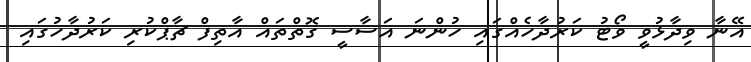
އޭނާ ވިދާޅުވީ ވޯޓު ކަރުދާހެއްގައި ހުންނަ އަސާސީ ގޮތްތައް އާތިފް ޗާޕްކުރި ކަރުދާހުގައިި